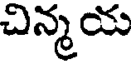
చిన్మయ